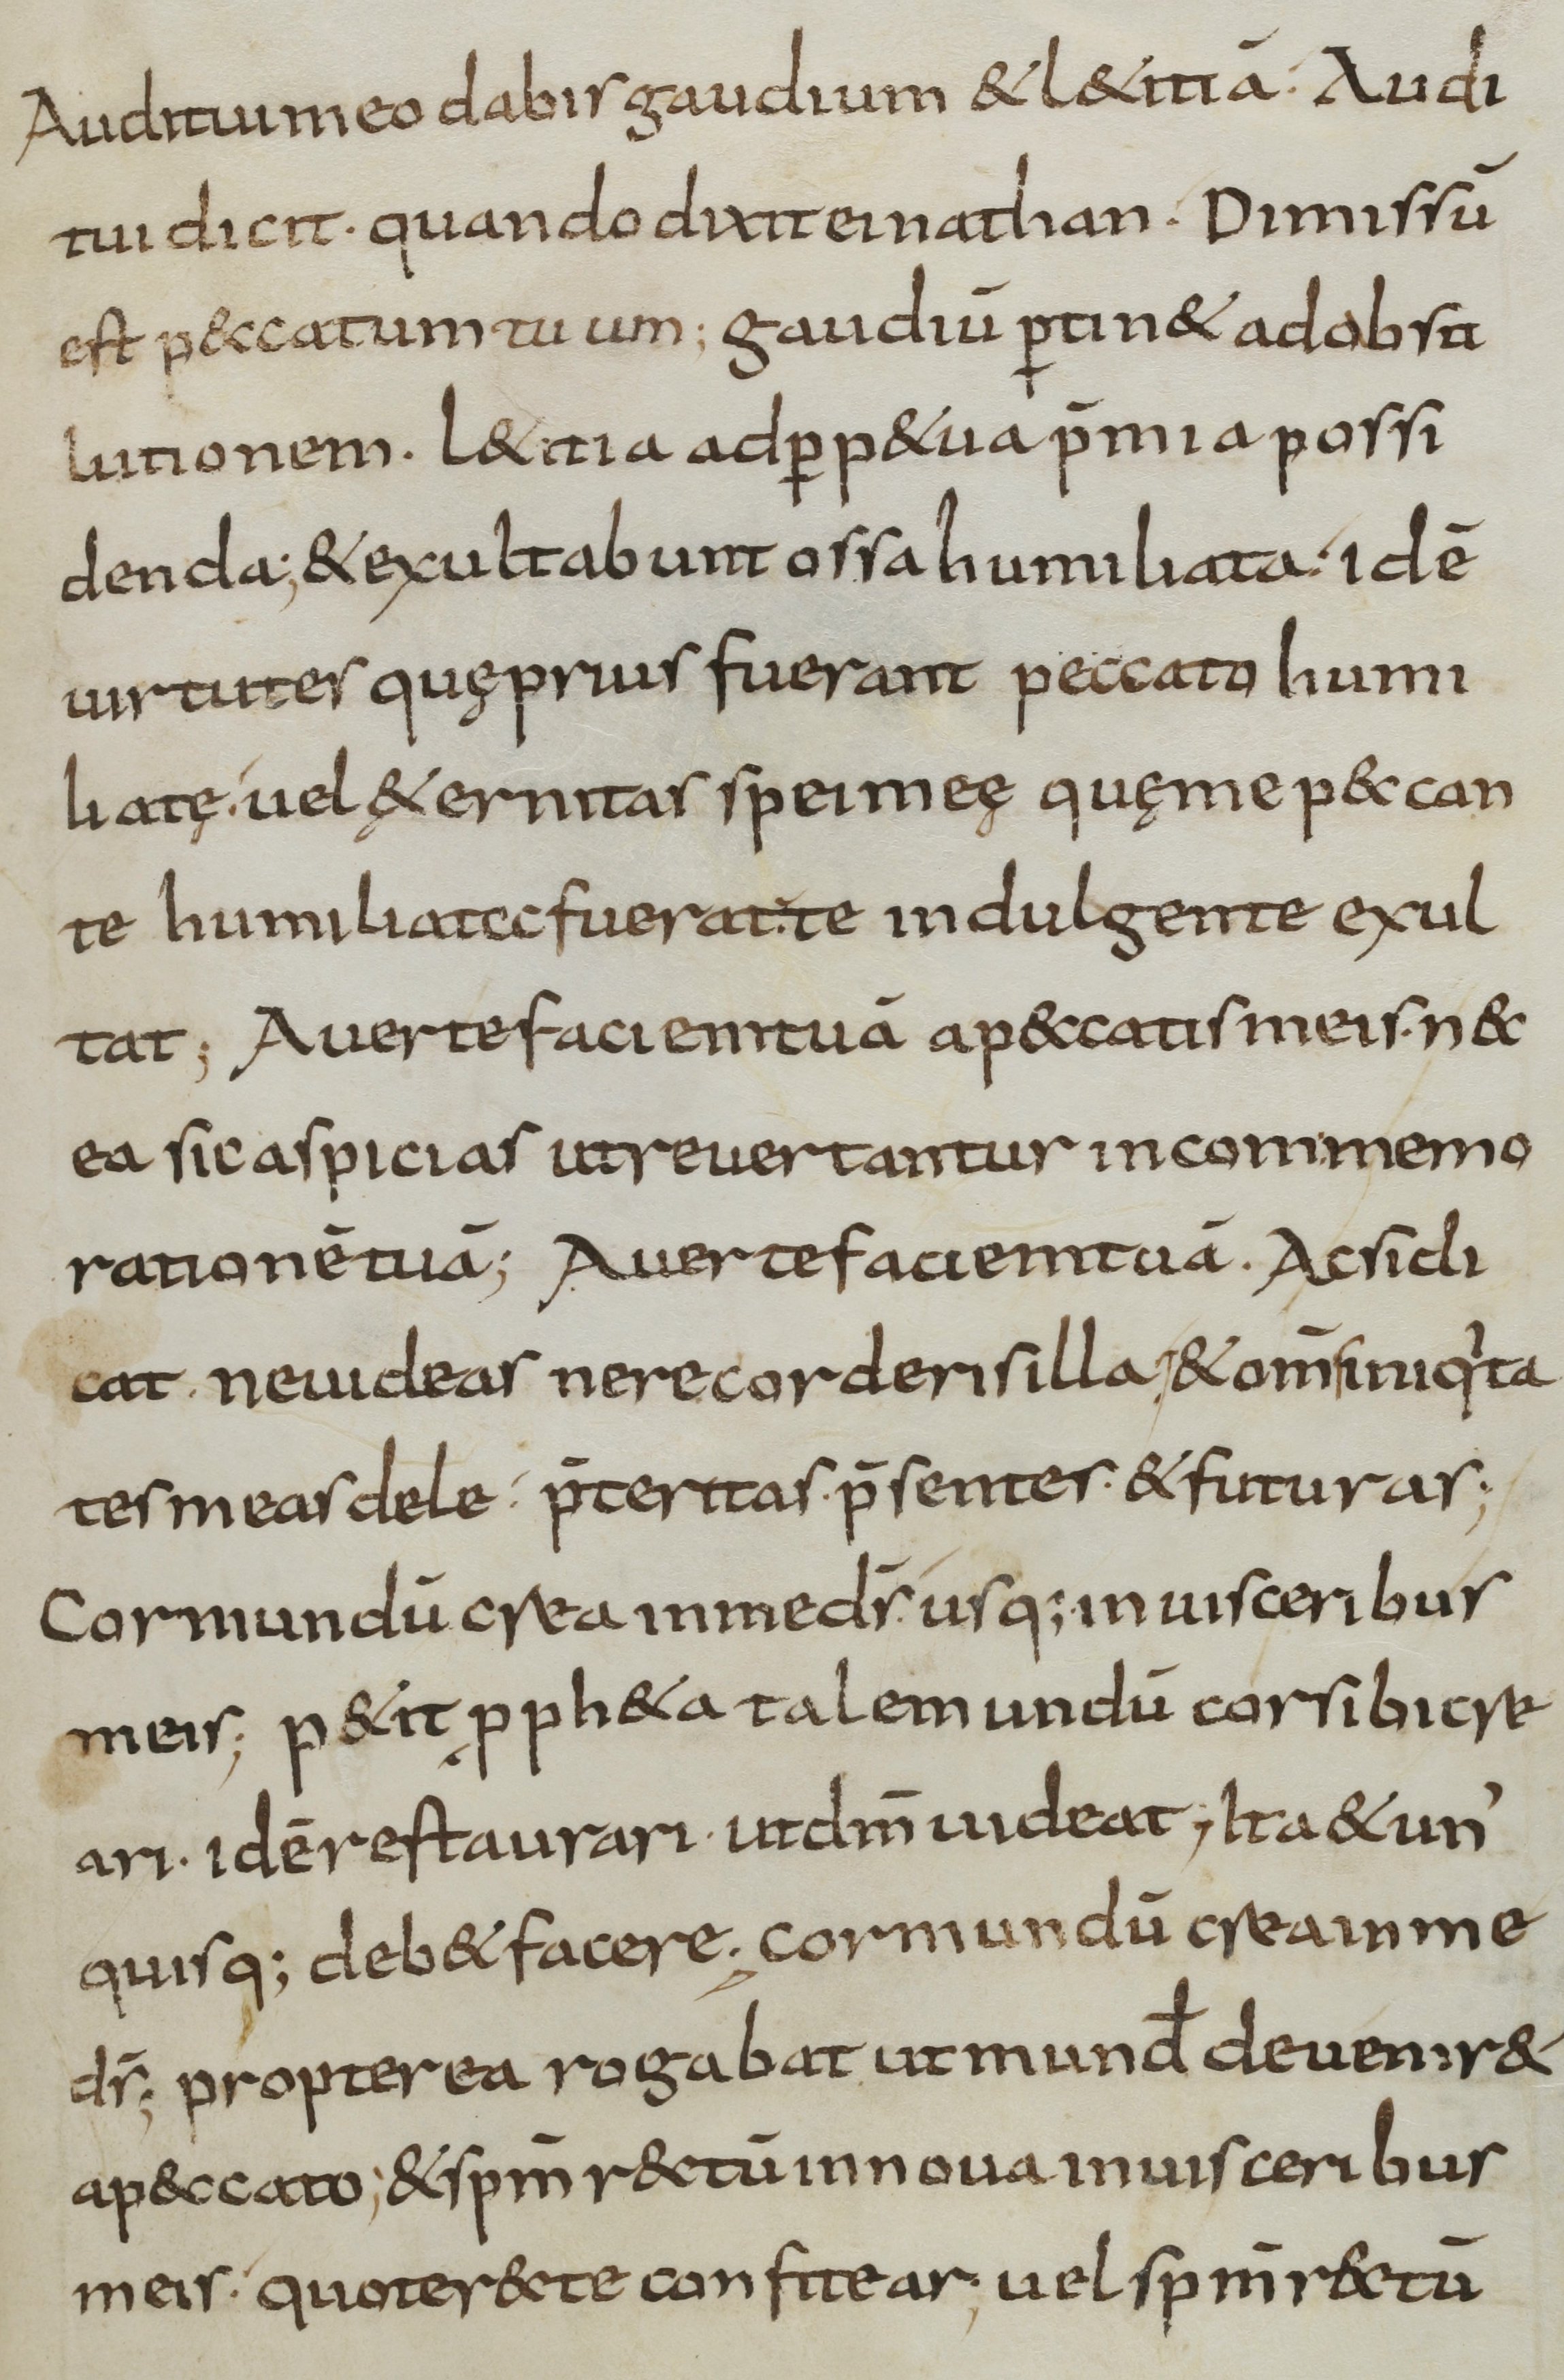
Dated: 900–999